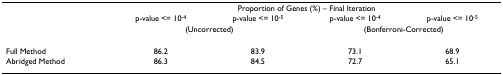
<table><thead><tr><td></td><td colspan="4"><b>Proportion of Genes (%) – Final Iteration</b></td></tr><tr><td></td><td><b>p-value &lt;= 10<sup>-4</sup></b></td><td><b>p-value &lt;= 10<sup>-5</sup></b></td><td><b>p-value &lt;= 10<sup>-4</sup></b></td><td><b>p-value &lt;= 10<sup>-5</sup></b></td></tr><tr><td></td><td colspan="2"><b>(Uncorrected)</b></td><td colspan="2"><b>(Bonferroni-Corrected)</b></td></tr></thead><tbody><tr><td>Full Method</td><td>86.2</td><td>83.9</td><td>73.1</td><td>68.9</td></tr><tr><td>Abridged Method</td><td>86.3</td><td>84.5</td><td>72.7</td><td>65.1</td></tr></tbody></table>